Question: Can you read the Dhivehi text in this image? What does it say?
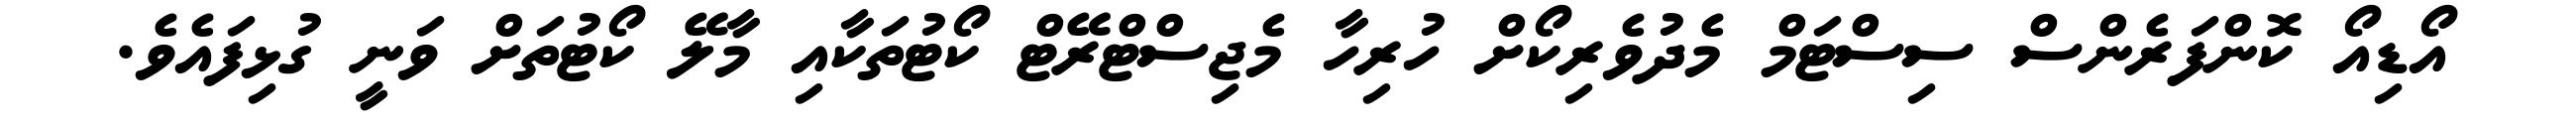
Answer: އޯޑިއޯ ކޮންފަރެންސް ސިސްޓަމް މެދުވެރިކޯށް ހުރިހާ މެޖިސްޓްރޭޓް ކޯޓުތަކާއި މާލޭ ކޯޓުތަށް ވަނީ ގުޅިފައެވެ.